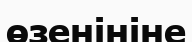
өзенініне